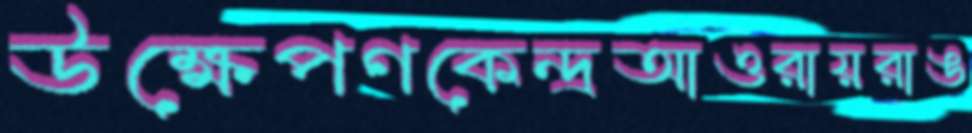
উক্ষেপণকেন্দ্রআওরায়রাঙ